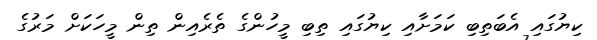
ކިޔުގައި އެބަތިބި ކަމަށާއި ކިޔުގައި ތިބި މީހުންގެ ތެރެއިން ތިން މީހަކަށް މަރުގެ